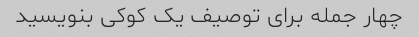
چهار جمله برای توصیف یک کوکی بنویسید